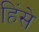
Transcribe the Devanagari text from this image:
हिंसे